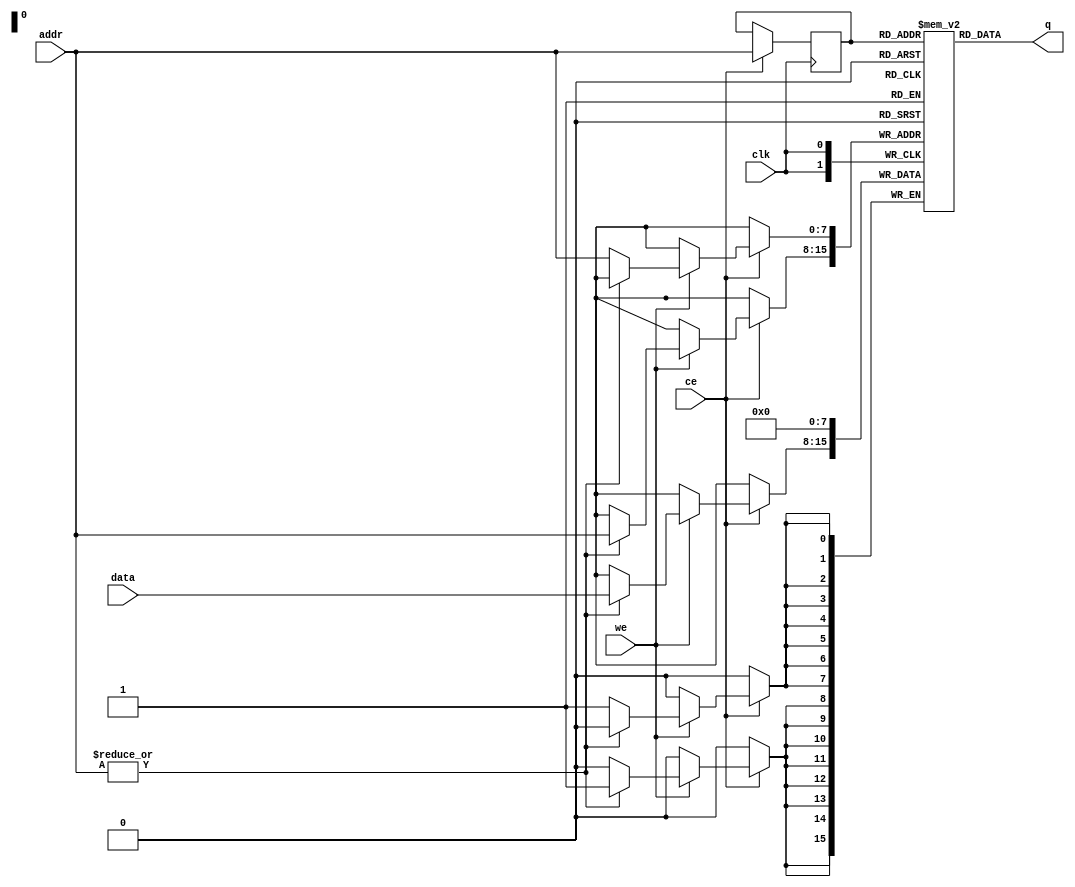
module memory_ad(
    clk         ,
    ce          ,
    we          ,
    addr        ,
    data        ,
    q   
);

//parameter
parameter A=8, D=8, R=256; // A : Adress width    D : Data width    R : 2^A

//input & output
input                   clk           ;
input                   ce            ;       //chip enable (/   1 )
input                   we            ;       //write enable (: 0, : 1)
input       [      A-1:0] addr        ;
input       [      D-1:0] data        ;
output      [      D-1:0] q           ;

//wire & regs
reg         [      D-1:0]  mem[R-1:0] ;
reg         [      A-1:0]  r_addr     ;
reg                        zero       ;

//logic
always @ (posedge clk)
    begin
        if (ce)  
            begin
                if (we) 
                    begin
                        if(!zero)
                            mem[addr] <= 8'b00000000;   //  0   0
                        else
                            mem[addr] <= data;
                    end 
                r_addr <= addr;
            end
    end


always @ (*)
    begin
        zero = |addr;                               // "|"      1 1 .
    end


assign q = mem[r_addr];

endmodule